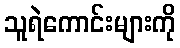
သူရဲကောင်းများကို